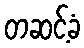
တဆင့်ခံ